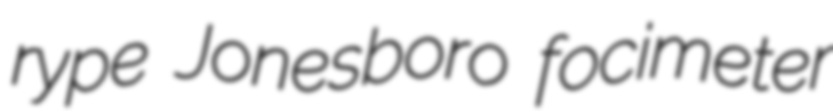
rype Jonesboro focimeter